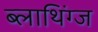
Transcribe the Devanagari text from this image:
ब्लाथिंग्ज